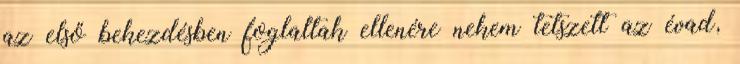
az első bekezdésben foglaltak ellenére nekem tetszett az évad,